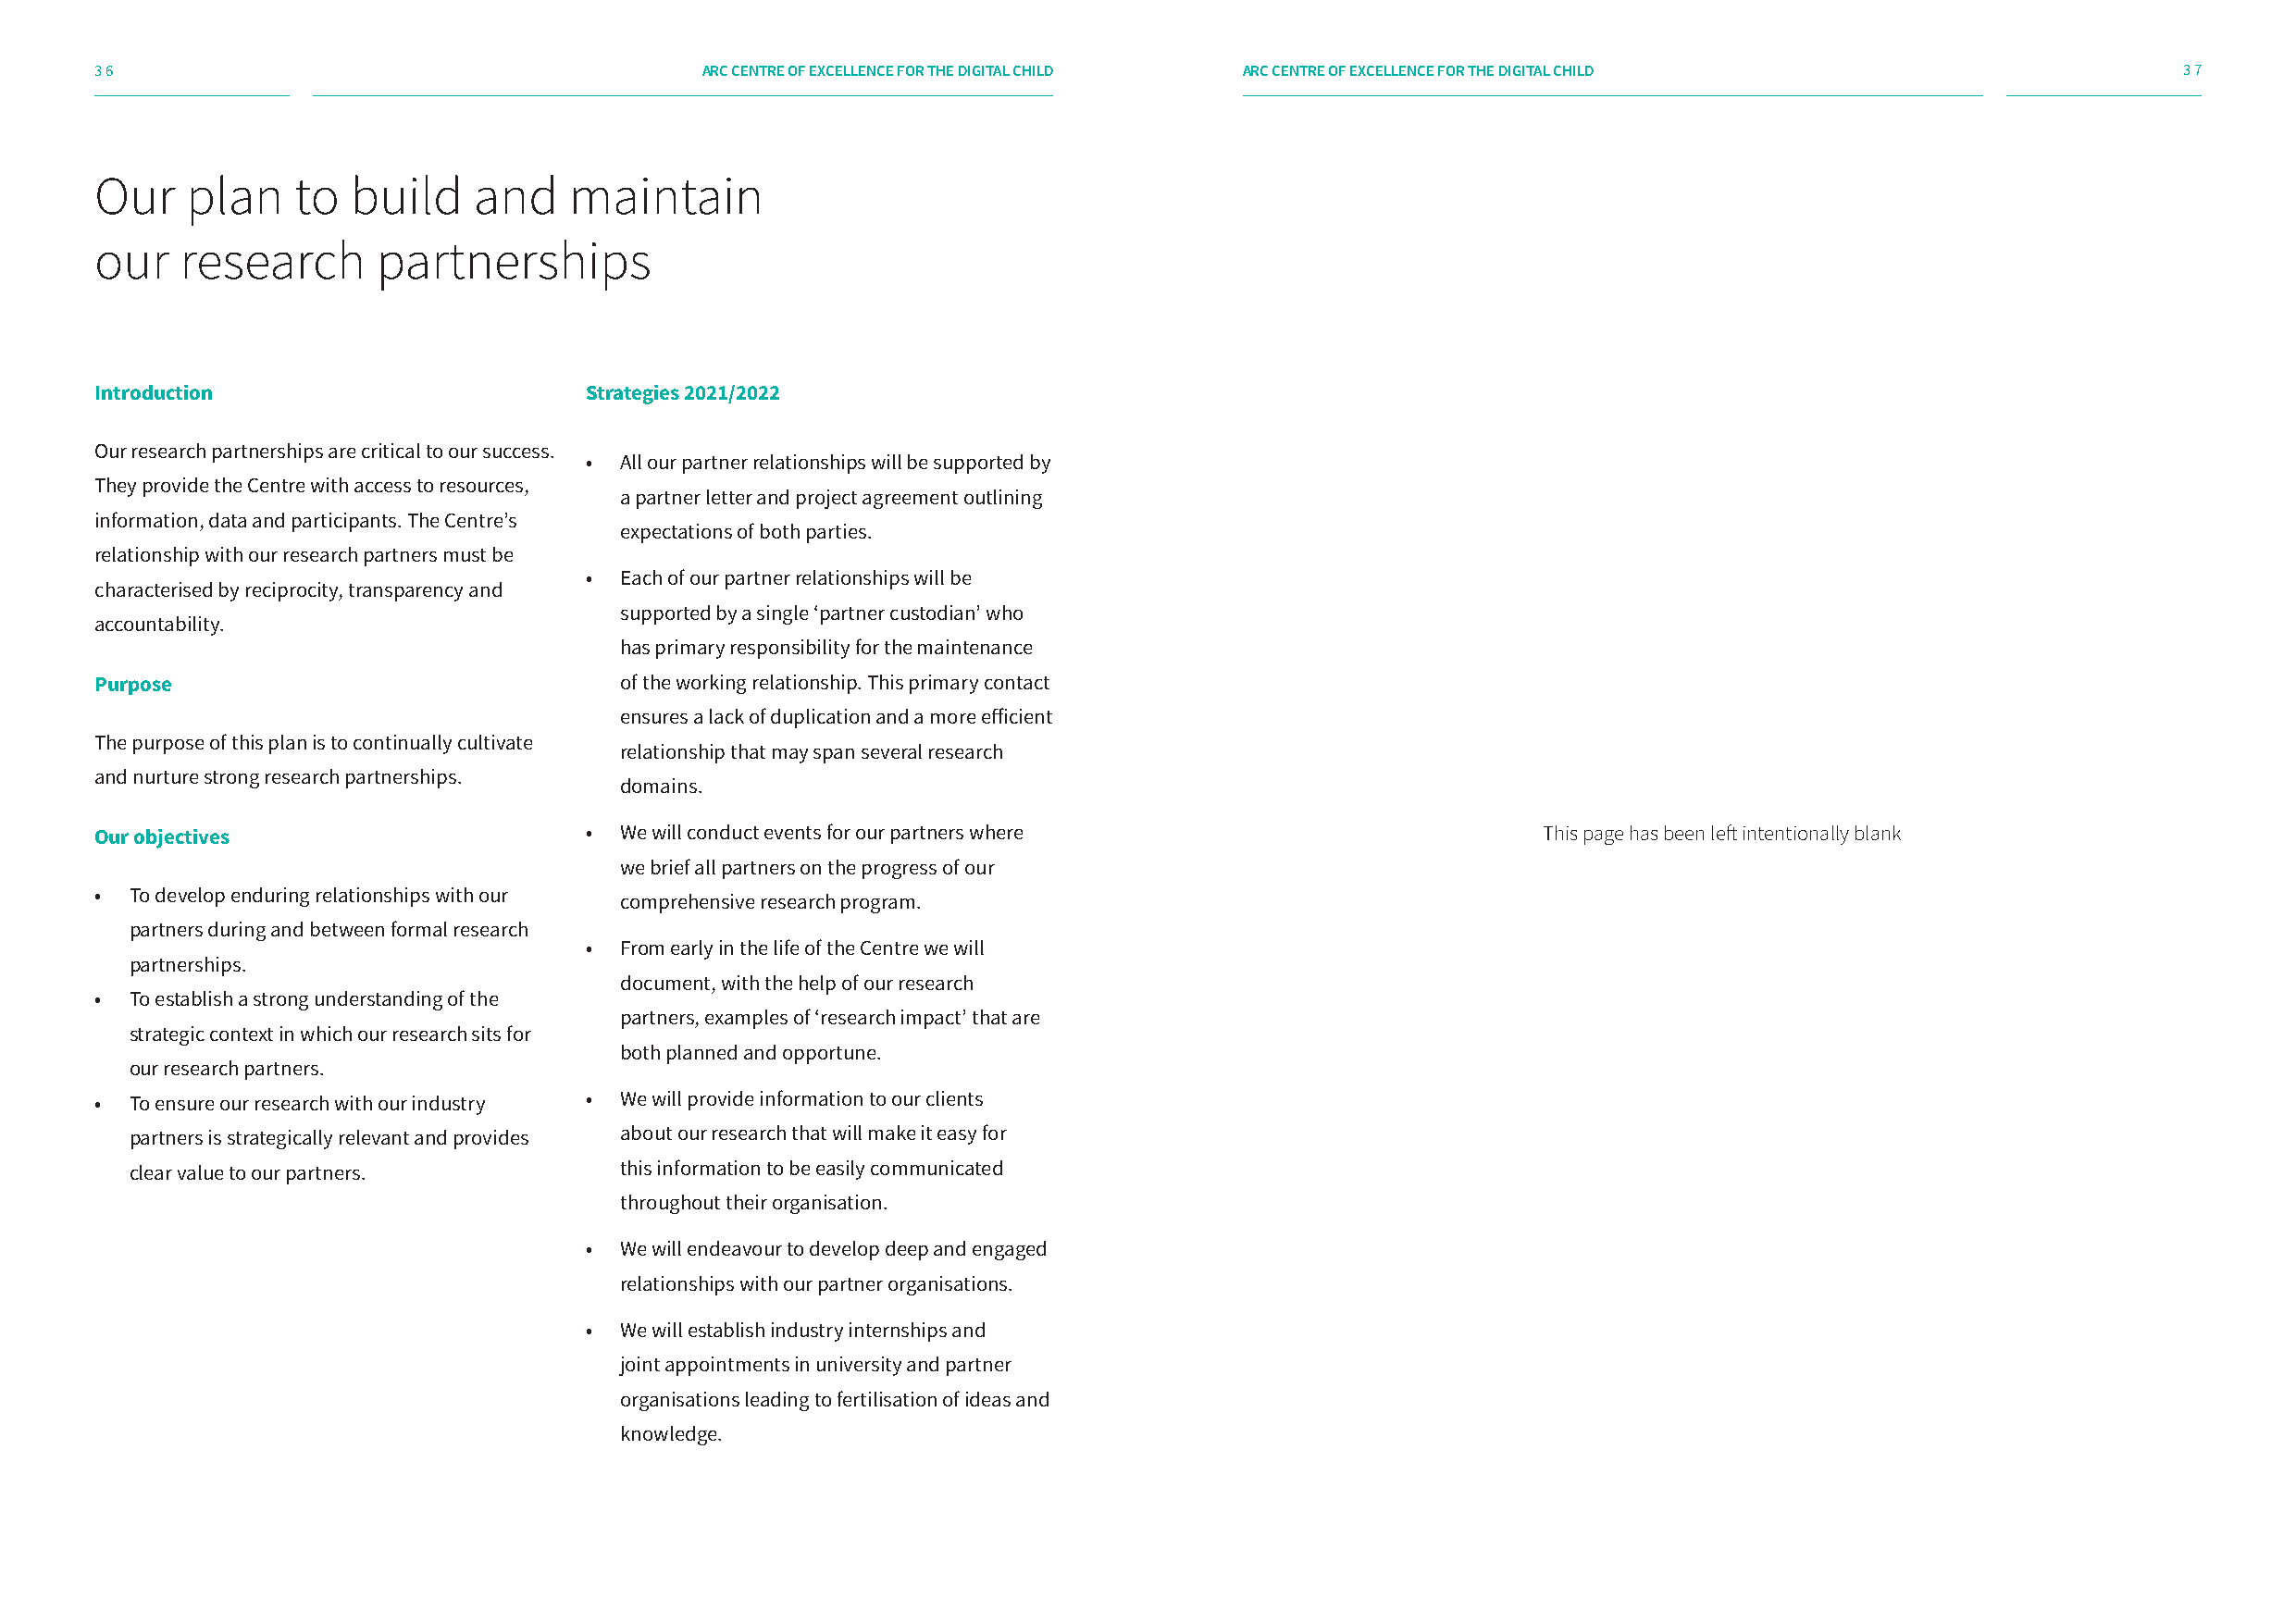
36                                         ARC CENTRE OF EXCELLENCE FOR THE DIGITAL CHILD ARC CENTRE OF EXCELLENCE FOR THE DIGITAL CHILD             37
 Our   plan    to  build    and    maintain
 our   research      partnerships
 Introduction                       Strategies 2021/2022
 Our research partnerships are critical to our success.
 • All our partner relationships will be supported by
 They provide the Centre with access to resources,
 a partner letter and project agreement outlining
 information, data and participants. The Centre’s
 expectations of both parties.
 relationship with our research partners must be
 • Each of our partner relationships will be
 characterised by reciprocity, transparency and
 supported by a single ‘partner custodian’ who
 accountability.
 has primary responsibility for the maintenance
 Purpose                              of the working relationship. This primary contact
 ensures a lack of duplication and a more efficient
 The purpose of this plan is to continually cultivate
 relationship that may span several research
 and nurture strong research partnerships.
 domains.
 Our objectives                     • We will conduct events for our partners where                     This page has been left intentionally blank
 we brief all partners on the progress of our
 • To develop enduring relationships with our
 comprehensive research program.
 partners during and between formal research
 • From early in the life of the Centre we will
 partnerships.
 document, with the help of our research
 • To establish a strong understanding of the
 partners, examples of ‘research impact’ that are
 strategic context in which our research sits for
 both planned and opportune.
 our research partners.
 • To ensure our research with our industry • We will provide information to our clients
 partners is strategically relevant and provides about our research that will make it easy for
 clear value to our partners.       this information to be easily communicated
 throughout their organisation.
 • We will endeavour to develop deep and engaged
 relationships with our partner organisations.
 • We will establish industry internships and
 joint appointments in university and partner
 organisations leading to fertilisation of ideas and
 knowledge.